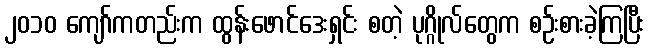
၂၀၁၀ ကျော်ကတည်းက ထွန်းဖောင်ဒေးရှင်း စတဲ့ ပုဂ္ဂိုလ်တွေက စဉ်းစားခဲ့ကြပြီး